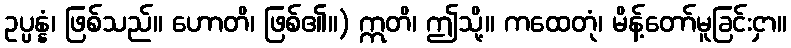
ဥပ္ပန္နံ၊ ဖြစ်သည်။ ဟောတိ၊ ဖြစ်၏။) ဣတိ၊ ဤသို့။ ကထေတုံ၊ မိန့်တော်မူခြင်းငှာ။